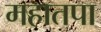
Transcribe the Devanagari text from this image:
महातपा